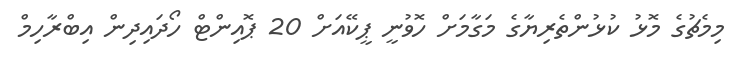
މިމެޗުގެ މޮޅު ކުޅުންތެރިޔާގެ މަގާމަށް ހޮވުނީ ޕީކޭއަށް 20 ޕޮއިންޓް ހޯދައިދިން އިބްރާހިމް